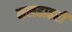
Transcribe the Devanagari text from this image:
मलहाहरी